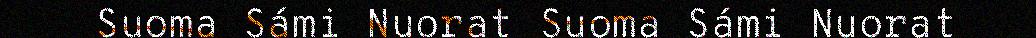
Suoma Sámi Nuorat Suoma Sámi Nuorat